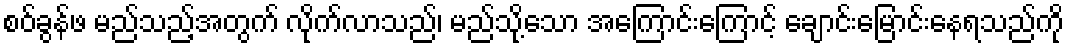
စဝ်ခွန်ဖ မည်သည့်အတွက် လိုက်လာသည်၊ မည်သို့သော အကြောင်းကြောင့် ချောင်းမြောင်းနေရသည်ကို